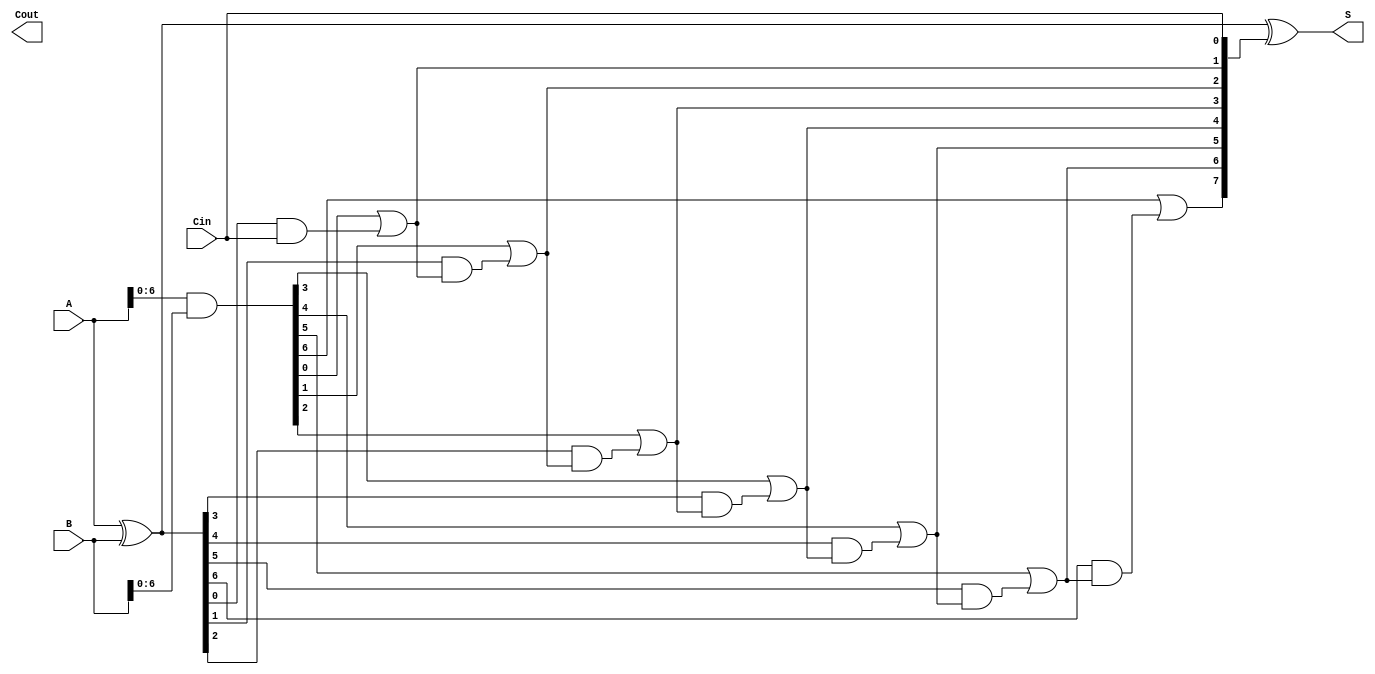
module brent_kung_adder #(parameter n = 8) (
    input  [n-1:0] A,      // First n-bit input
    input  [n-1:0] B,      // Second n-bit input
    input          Cin,     // Carry-in
    output [n-1:0] S,      // n-bit sum output
    output         Cout     // Carry-out
);

    // Generate and Propagate signals
    wire [n-1:0] G; // Generate
    wire [n-1:0] P; // Propagate
    wire [n:0] C;   // Carry signals

    // Generate and Propagate calculations
    assign G = A & B;          // Generate
    assign P = A ^ B;          // Propagate

    // Carry signal initialization
    assign C[0] = Cin;         // Initial carry-in

    // Prefix computation (Brent-Kung tree)
    genvar i, j;
    generate
        // Level 1
        for (i = 1; i < n; i = i + 1) begin : level1
            assign C[i] = G[i-1] | (P[i-1] & C[i-1]);
        end

        // Additional levels can be added here for larger n
        // For simplicity, we will only implement a single level
        // In a complete implementation, you would need to add more levels
    endgenerate

    // Sum computation
    assign S = P ^ C[n-1:0]; // Sum bits

    // Final carry-out
    assign Cout = C[n]; // Carry-out

endmodule